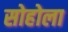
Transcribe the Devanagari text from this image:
सोहोला